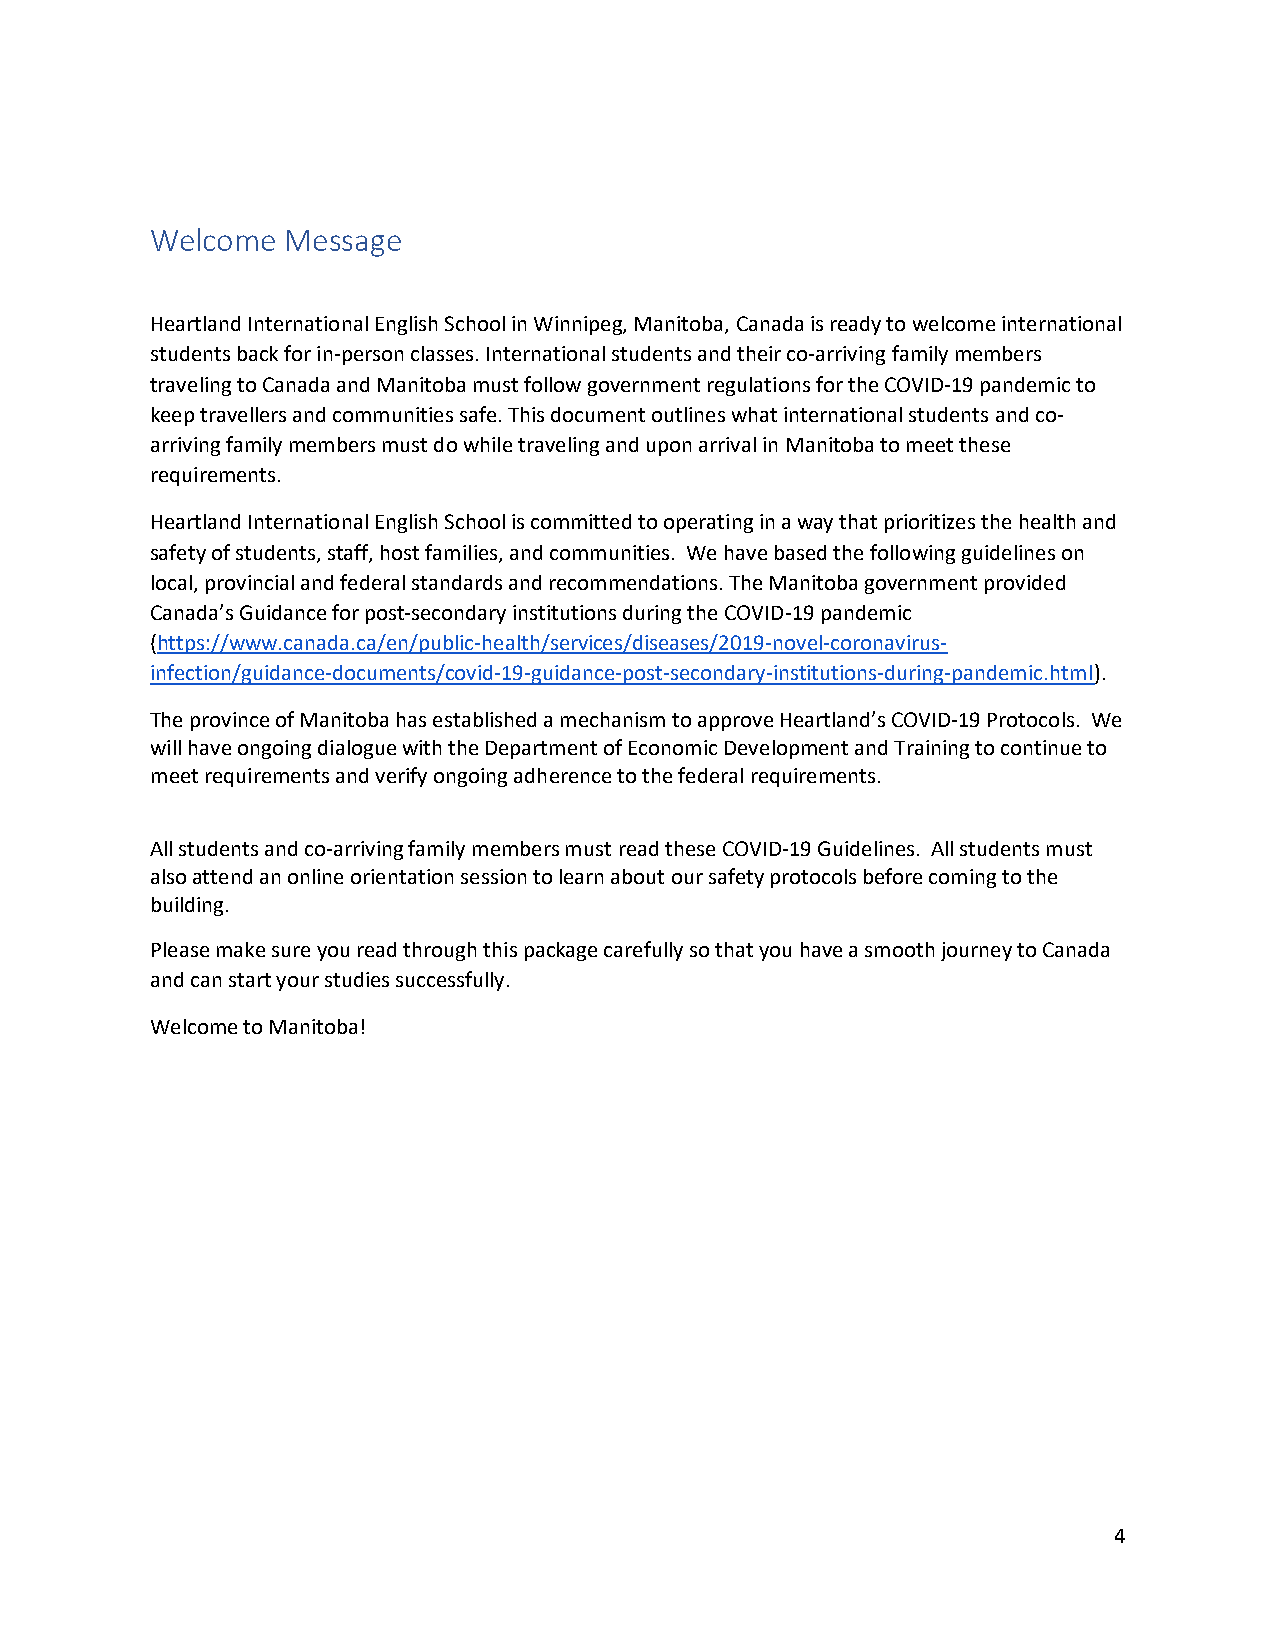
Welcome  Message
 Heartland International English School in Winnipeg, Manitoba, Canada is ready to welcome international
 students back for in-person classes. International students and their co-arriving family members
 traveling to Canada and Manitoba must follow government regulations for the COVID-19 pandemic to
 keep travellers and communities safe. This document outlines what international students and co-
 arriving family members must do while traveling and upon arrival in Manitoba to meet these
 requirements.
 Heartland International English School is committed to operating in a way that prioritizes the health and
 safety of students, staff, host families, and communities. We have based the following guidelines on
 local, provincial and federal standards and recommendations. The Manitoba government provided
 Canada’s Guidance for post-secondary institutions during the COVID-19 pandemic
 (https://www.canada.ca/en/public-health/services/diseases/2019-novel-coronavirus-
 infection/guidance-documents/covid-19-guidance-post-secondary-institutions-during-pandemic.html).
 The province of Manitoba has established a mechanism to approve Heartland’s COVID-19 Protocols. We
 will have ongoing dialogue with the Department of Economic Development and Training to continue to
 meet requirements and verify ongoing adherence to the federal requirements.
 All students and co-arriving family members must read these COVID-19 Guidelines. All students must
 also attend an online orientation session to learn about our safety protocols before coming to the
 building.
 Please make sure you read through this package carefully so that you have a smooth journey to Canada
 and can start your studies successfully.
 Welcome to Manitoba!
 4